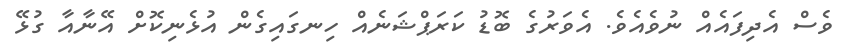
ވެސް އެދިފައެއް ނުވެއެވެ. އެވަރުގެ ބޮޑު ކަރަޕްޝަނެއް ހިނގައިގެން އުޅެނިކޮށް އޭނާއާ ގުޅޭ